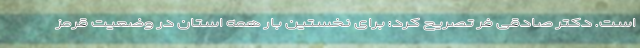
است. دکتر صادقی فر تصریح کرد: برای نخستین بار همه استان در وضعیت قرمز